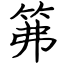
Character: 笰